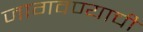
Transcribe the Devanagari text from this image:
जागवण्याची